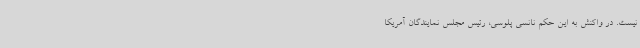
نیست. در واکنش به این حکم نانسی پلوسی، رئیس مجلس نمایندگان آمریکا